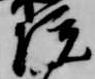
院